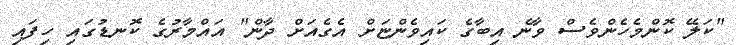
"ކަލޭ ކޮންމެހެންވެސް ވާނެ އިބާގެ ކައިވެންޏަށް އެގެއަށް ދާން" އައްމާރުގެ ކޮނޑުގައި ހިފައި